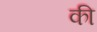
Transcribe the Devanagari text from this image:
की